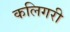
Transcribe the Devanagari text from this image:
कलिगरी